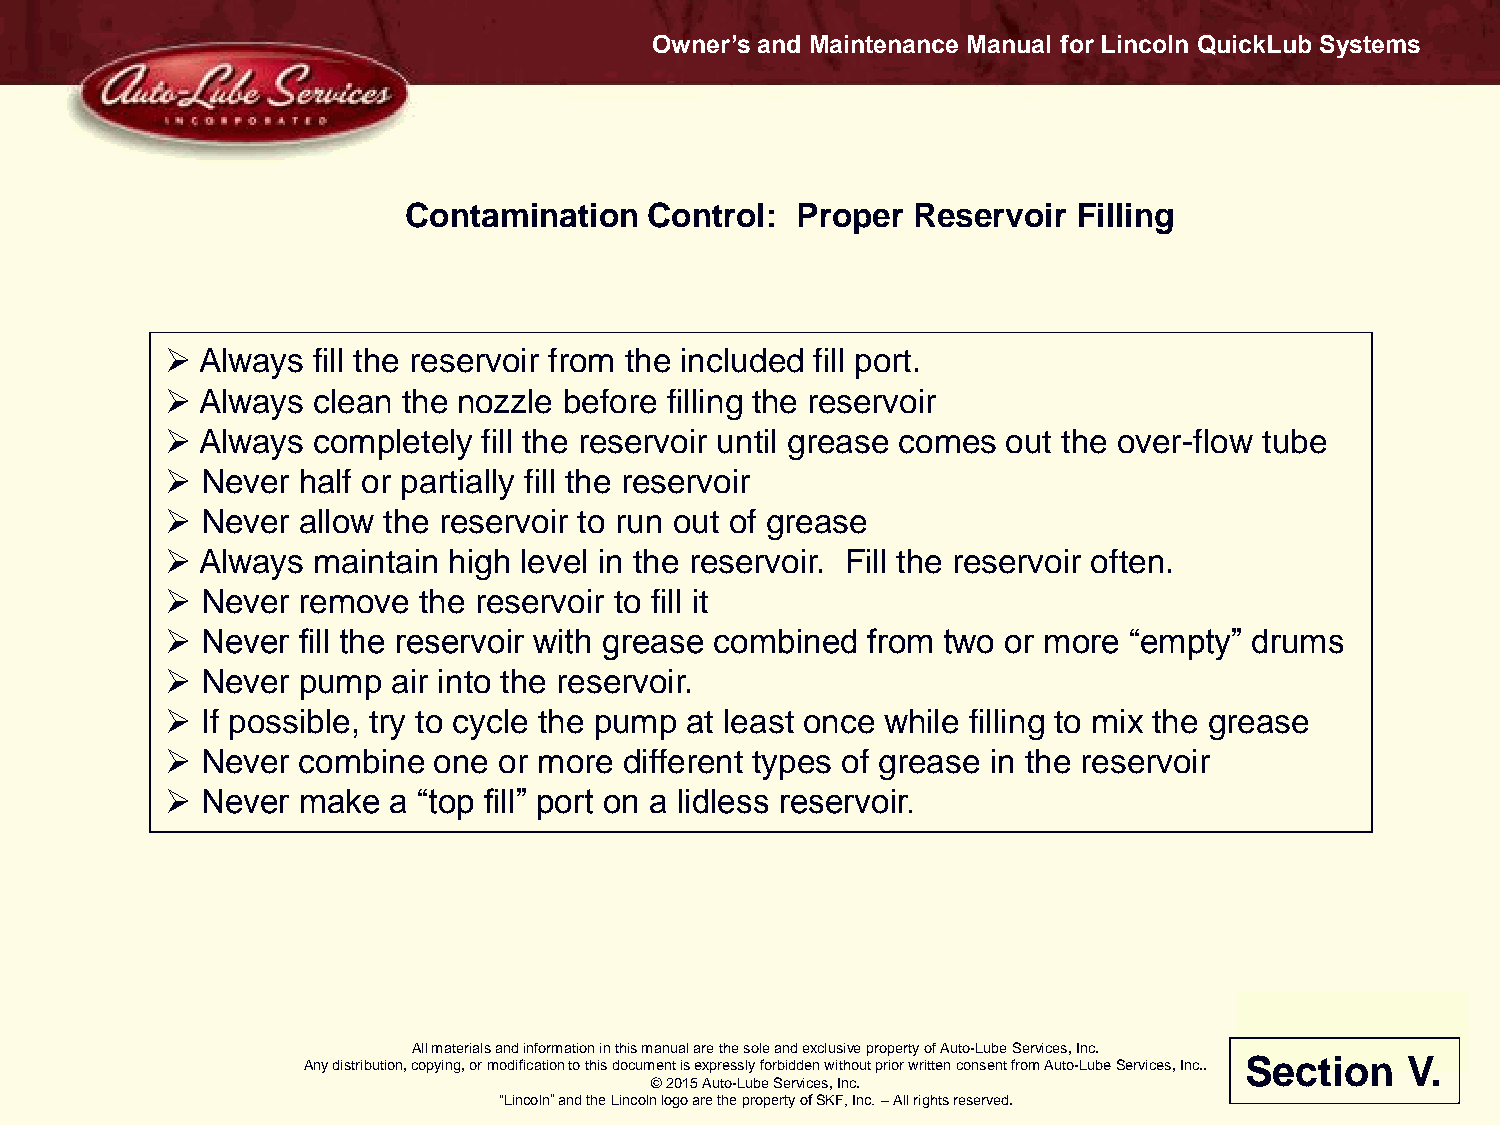
Owner’s and Maintenance Manual for Lincoln QuickLub Systems
 Contamination   Control:  Proper Reservoir  Filling
  Always  fill the reservoir from the included fill port.
  Always  clean the nozzle before filling the reservoir
  Always  completely fill the reservoir until grease comes out the over-flow tube
  Never  half or partially fill the reservoir
  Never  allow the reservoir to run out of grease
  Always  maintain high level in the reservoir. Fill the reservoir often.
  Never  remove  the reservoir to fill it
  Never  fill the reservoir with grease combined from two or more “empty” drums
  Never  pump  air into the reservoir.
  If possible, try to cycle the pump at least once while filling to mix the grease
  Never  combine  one or more different types of grease in the reservoir
  Never  make  a “top fill” port on a lidless reservoir.
 All materials and information in this manual are the sole and exclusive property of Auto-Lube Services, Inc.
 Any distribution, copying, or modification to this document is expressly forbidden without prior written consent from Auto-Lube Services, Inc.. Section V.
 © 2015 Auto-Lube Services, Inc.
 “Lincoln” and the Lincoln logo are the property of SKF, Inc. – All rights reserved.